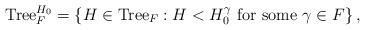
LaTeX: \begin{align*}{\rm Tree}_{F}^{H_{0}}=\left\{ H\in{\rm Tree}_{F}:H<H_{0}^{\gamma}\mbox{ for some }\gamma\in F\right\} ,\end{align*}